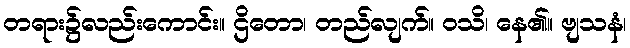
တရား၌လည်းကောင်း။ ဌိတော၊ တည်လျက်။ ဝသိ၊ နေ၏။ ဗျသနံ၊